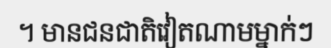
។ មានជនជាតិវៀតណាមម្នាក់ៗ